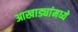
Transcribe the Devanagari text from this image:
आखाड्यांमध्ये